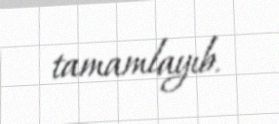
tamamlayıb.